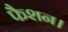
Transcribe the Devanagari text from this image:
फैशन।